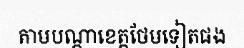
តាមបណ្តាខេត្តថែមទៀតផង